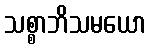
သစ္စာဘိသမယော